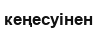
кеңесуінен